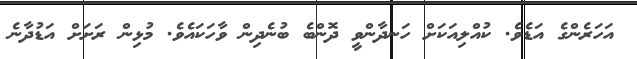
އަހަރެންގެ އަޑެވެ. ކުއްލިއަކަށް ހަނދާންވީ ދޮންބެ ބުނެދިން ވާހަކައެވެ. މުޅިން ރަށަށް އަޑުދާނެ